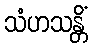
သံဟသန္တိံ